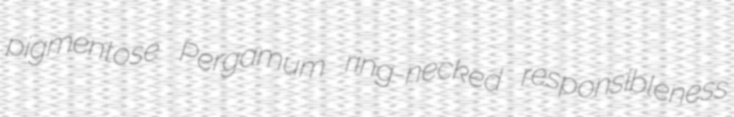
pigmentose Pergamum ring-necked responsibleness